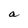
Character: a